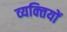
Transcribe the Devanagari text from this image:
व्‍यक्‍ितयों